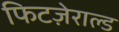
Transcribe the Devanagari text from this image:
फिटज़ेराल्ड